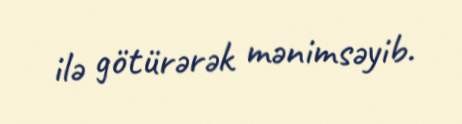
ilə götürərək mənimsəyib.